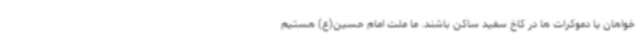
خواهان یا دموکرات ها در کاخ سفید ساکن باشند. ما ملت امام حسین(ع) هستیم